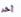
آخر